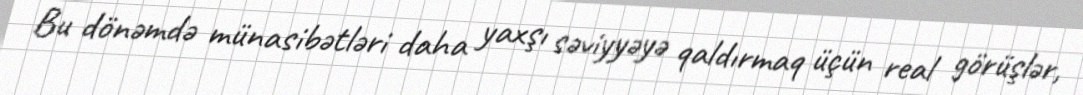
Bu dönəmdə münasibətləri daha yaxşı səviyyəyə qaldırmaq üçün real görüşlər,